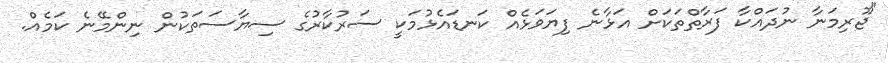
"ޖޫރިމަނާ ނުދައްކާ ފަރާތްތަކަށް އަޅާނެ ފިޔަވަޅެއް ކަނޑައެޅުމަކީ ސަރުކާރުގެ ސިޔާސަތަކުން ނިންމޭނެ ކަމެއް.